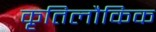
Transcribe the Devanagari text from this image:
कृतिलौकिक